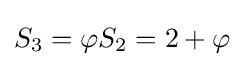
S_{3}=\varphi S_{2}=2+\varphi